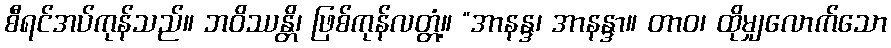
စီရင်အပ်ကုန်သည်။ ဘဝိဿန္တိ၊ ဖြစ်ကုန်လတ္တံ့။ “အာနန္ဒ၊ အာနန္ဒာ။ တာဝ၊ ထိုမျှလောက်သော